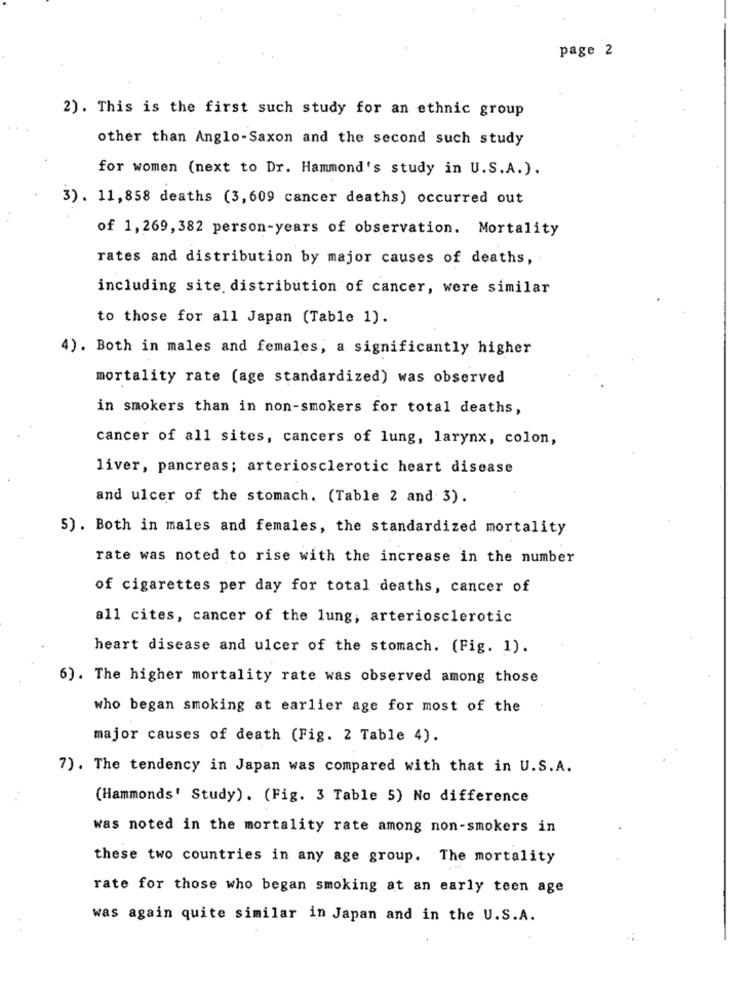
page 2
2). This is the first such study for an ethnic group
other than Anglo-Saxon and the second such study
for women (next to Dr. Hammond's study in U.S.A.).
3) . 11,858 deaths (3,609 cancer deaths) occurred out
of 1,269, 382 person-years of observation. Mortality
rates and distribution by major causes of deaths,
including site. distribution of cancer, were similar
to those for all Japan (Table 1).
4). Both in males and females, a significantly higher
mortality rate (age standardized) was observed
in smokers than in non-smokers for total deaths,
cancer of all sites, cancers of lung, larynx, colon,
liver, pancreas; arteriosclerotic heart disease
and ulcer of the stomach. (Table 2 and 3).
5) . Both in males and females, the standardized mortality
rate was noted to rise with the increase in the number
of cigarettes per day for total deaths, cancer of
all cites, cancer of the lung, arteriosclerotic
heart disease and ulcer of the stomach. (Fig. 1).
6). The higher mortality rate was observed among those
who began smoking at earlier age for most of the
major causes of death (Fig. 2 Table 4).
7). The tendency in Japan was compared with that in U.S.A.
(Hammonds' Study). (Fig. 3 Table 5) No difference
was noted in the mortality rate among non-smokers in
these two countries in any age group. The mortality
rate for those who began smoking at an early teen age
was again quite similar in Japan and in the U.S.A.